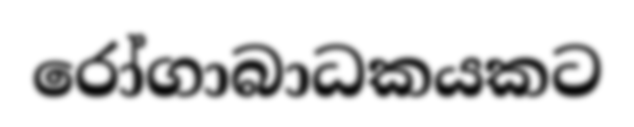
රෝගාබාධකයකට